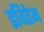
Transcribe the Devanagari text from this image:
इविडेम